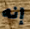
إنه